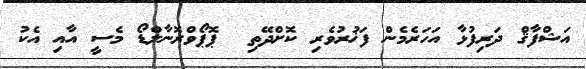
އަޝްފާޤް ދަރިފުޅާ އަހަރެމެން ފަޚުރުވެރި ކޮށްދޭތި  ޕޮޕޯވްރޮނާލްޑޯ މެސީ އާއި އެކު